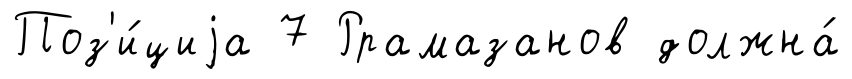
Поз'и́циjа 7 Ррамазанов должна́